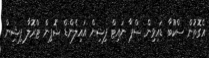
އެގޮތުން ސްކޫބާ ޑައިވިން ސްޕާ ނައިޓް ފިޝިން އައިލެންޑް ޝޮޕިން ޓްރޮލާ ފިޝިން